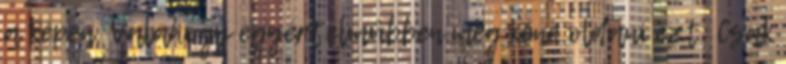
a képen. Valahogy egyértelműbben meg kéne oldani ezt. Csak